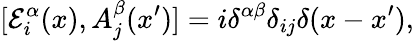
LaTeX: [{\cal E}_{i}^{\alpha}(x),A_{j}^{\beta}(x^{\prime})]=i\delta^{\alpha\beta}\delta_{ij}\delta(x-x^{\prime}),